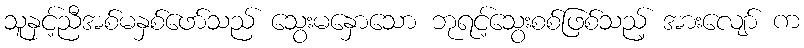
သူနှင့်ညီအစ်မနှစ်ဖော်သည် သွေးမနှောသော ဘုရင့်သွေးစစ်ဖြစ်သည့် အားလျော် က